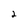
Character: 2